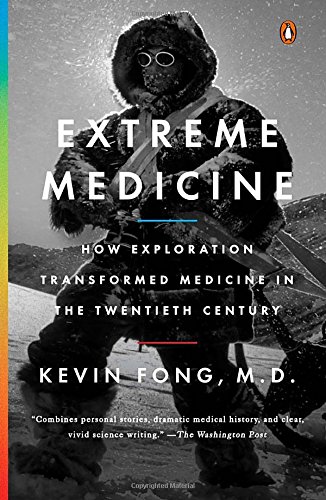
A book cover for Extreme Medicine: How Exploration Transformed Medicine in the Twentieth Century; Kevin Fong M.D.; History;